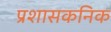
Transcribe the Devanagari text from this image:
प्रशासकनिक